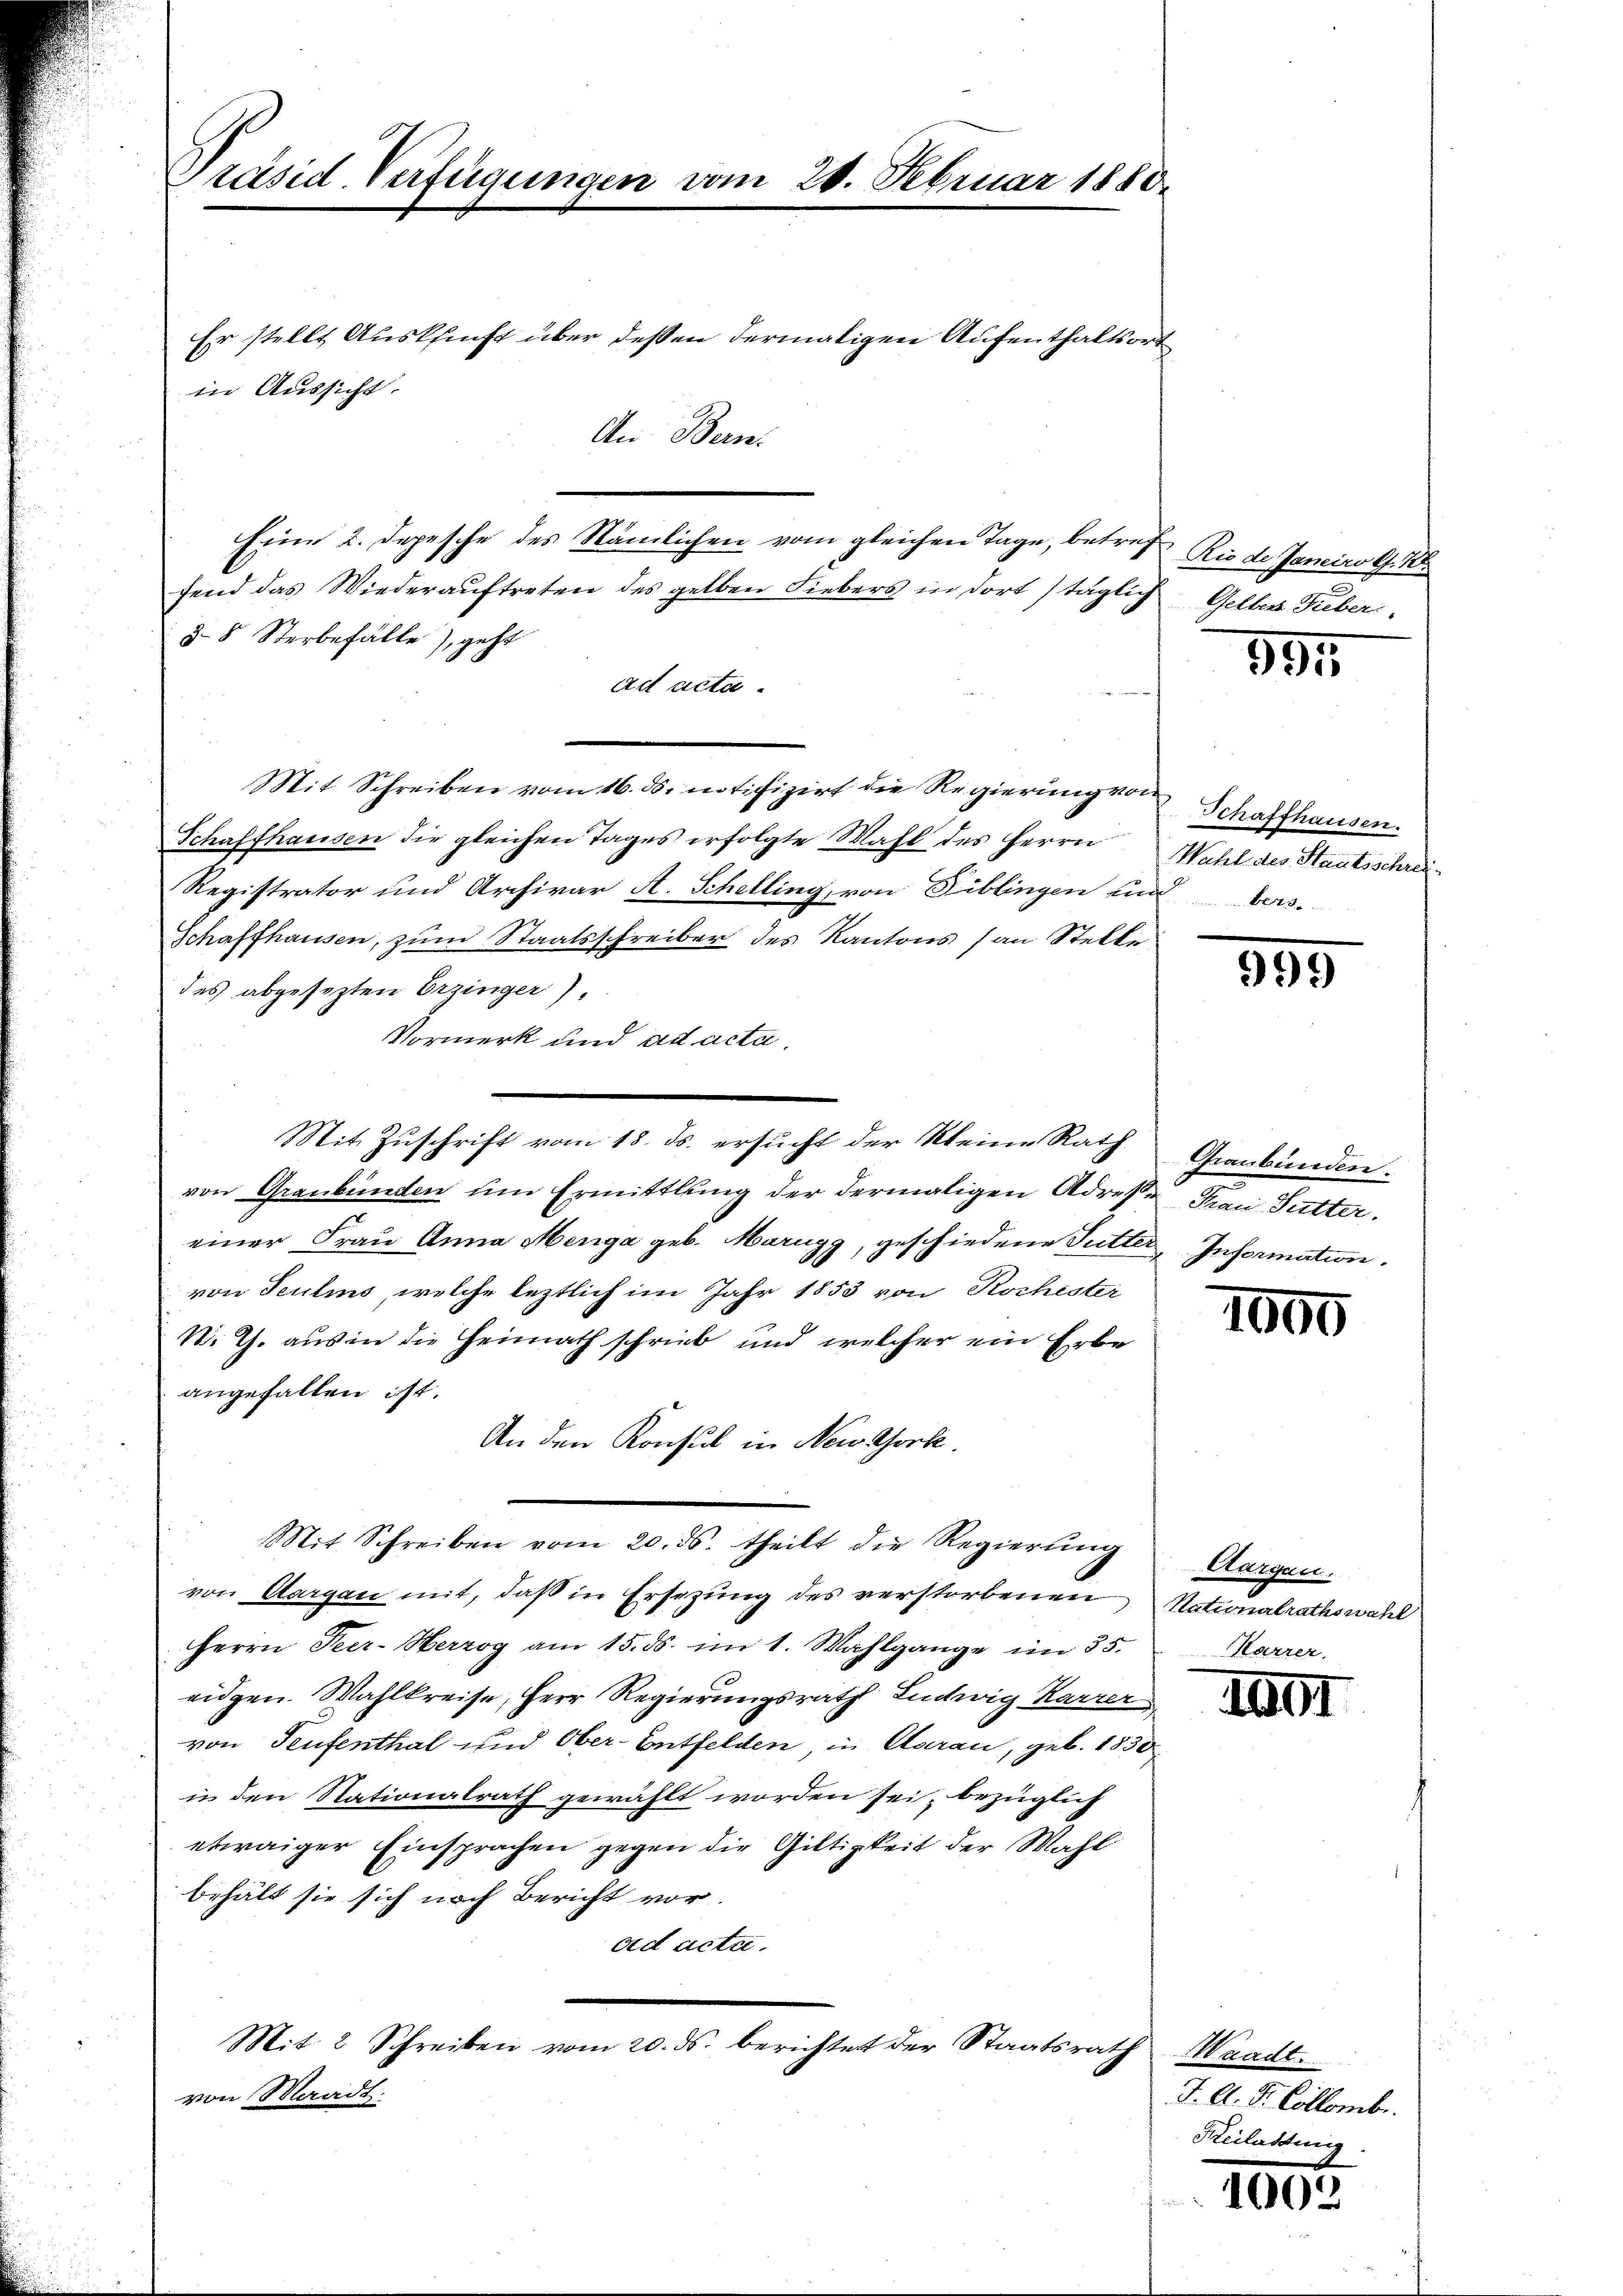
Präsid-Verfügungen vom 20. Februar 1880.

Eine 2. Depesche des Nämlichen vom gleichen Tage, betref
fend das Wiederauftreten des gelben Fiebers in dort täglich
§ 8 Sterbefälle), geht
ad acta.
Mit Schreiben vom 16. ds. notifizirt die Regierung von Schaffhausen.
Schaffhausen die gleichen Tages erfolgte Wahl des Herrn Wahl des Staatsschrei¬
Registrator und Archivar A. Schelling, von Fiblingen und Vers.
Schaffhausen, zum Staatsschreiber des Kantons (an Stelle
des abgesezten Erzinger),
Vormerk und ad acta.
Mit Zuschrift vom 18. ds. ersucht der Kleine Rath Graubünden.
von Graubünden um Ermittlung der dermaligen Adresse Frau Butter.
einer Frau Anna Menga geb. Marigg, geschiedene Futter Information.
von Teulins, welche leztlich im Jahr 1853 von Kochester
N. Th. aus in die Heimath schrieb und welcher ein Erbe
angefallen ist.
An den Konsul in New York.
Mit Schreiben vom 20. ds. theilt die Regierŭng
von Aargau mit, daβ in Ersezung des verstorbenen Nationalrathswahl
Herrn Heer- Herzog am 15. ds. im 1. Wahlgange im 35.
eidgen. Wahlkreise, Herr Regierungsrath Ludwig Karrer
von Teufenthal und Ober-Entfelden, in Aarau, geb. 1830
in den Stationalrath gewählt worden sei, bezüglich
etwaiger Einsprachen gegen die Giltigkeit der Wahl
behält sie sich nach Bericht vor.
ad acta.
Mit 2 Schreiben vom 20. ds. berichtet der Staatsrath Waadt.
von Waadt.

Er stellt Auskunft über dessen dermaligen Aufenthaltsort
in Aussicht.
An Bern.

Rio de Janeiro G. 128.
Gelben Fieber

595

389

1000

Aargau.
Karrer.

101

J. A. S. Collembr.
Heilassung

1003